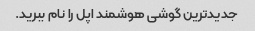
جدیدترین گوشی هوشمند اپل را نام ببرید.